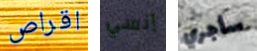
اقراص إنسي سأجري